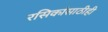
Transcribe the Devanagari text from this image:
रसिकांसाठीही